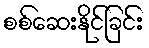
စစ်ဆေးနိုင်ခြင်း